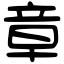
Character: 章